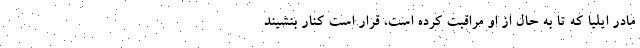
مادر ایلیا که تا به حال از او مراقبت کرده است، قرار است کنار بنشیند